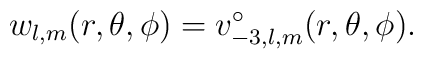
w_{l,m}(r,\theta,\phi) = v^{\circ}_{-3,l,m}(r,\theta,\phi).